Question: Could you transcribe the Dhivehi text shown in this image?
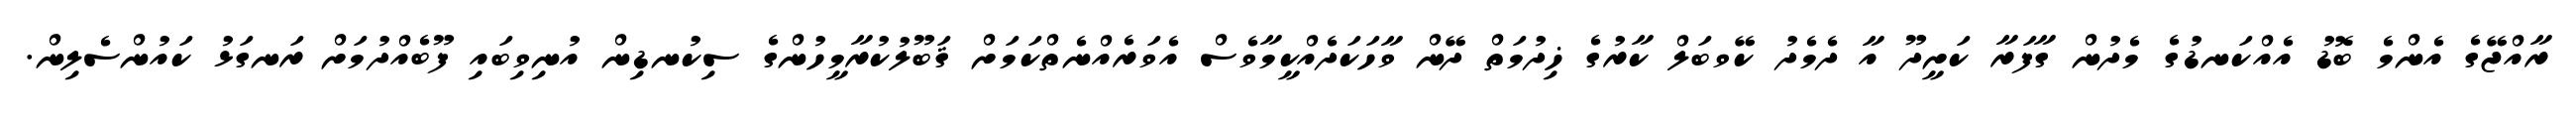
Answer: ރާއްޖޭގެ އެންމެ ބޮޑު އެއްކަނޑުގެ މެދުން ގާފަރާ ކަށީދޫ އާ ދެމެދު ކޭވބަލް ކާރުގެ ޚިދުމަތް ދޭން ވާހަކަދެއްކީމާވެސް އެވަރެއްނެތްކަމަށް ޤަބޫލުކުރާމީހުންގެ ސިކުނޑިން އުނިވިބައި ފޫބެއްދުމަށް ރަނގަޅު ކައުންސެލިން.